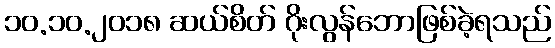
၁၀.၁၀.၂၀၁၈ ဆယ်စိတ် ဂိုးလွန်ဘောဖြစ်ခဲ့ရသည်